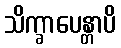
သိက္ခာပေန္တာပိ